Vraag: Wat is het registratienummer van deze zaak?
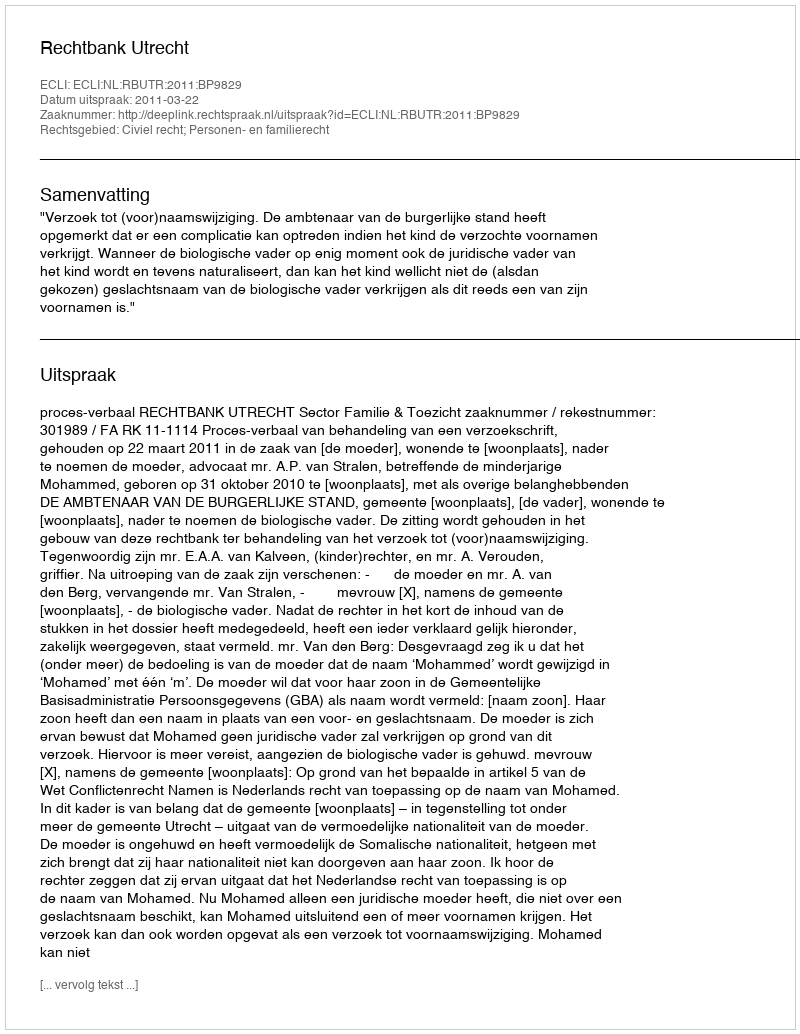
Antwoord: http://deeplink.rechtspraak.nl/uitspraak?id=ECLI:NL:RBUTR:2011:BP9829